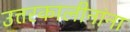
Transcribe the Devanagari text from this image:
उत्तरकालीनांना